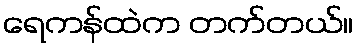
ရေကန်ထဲက တက်တယ်။